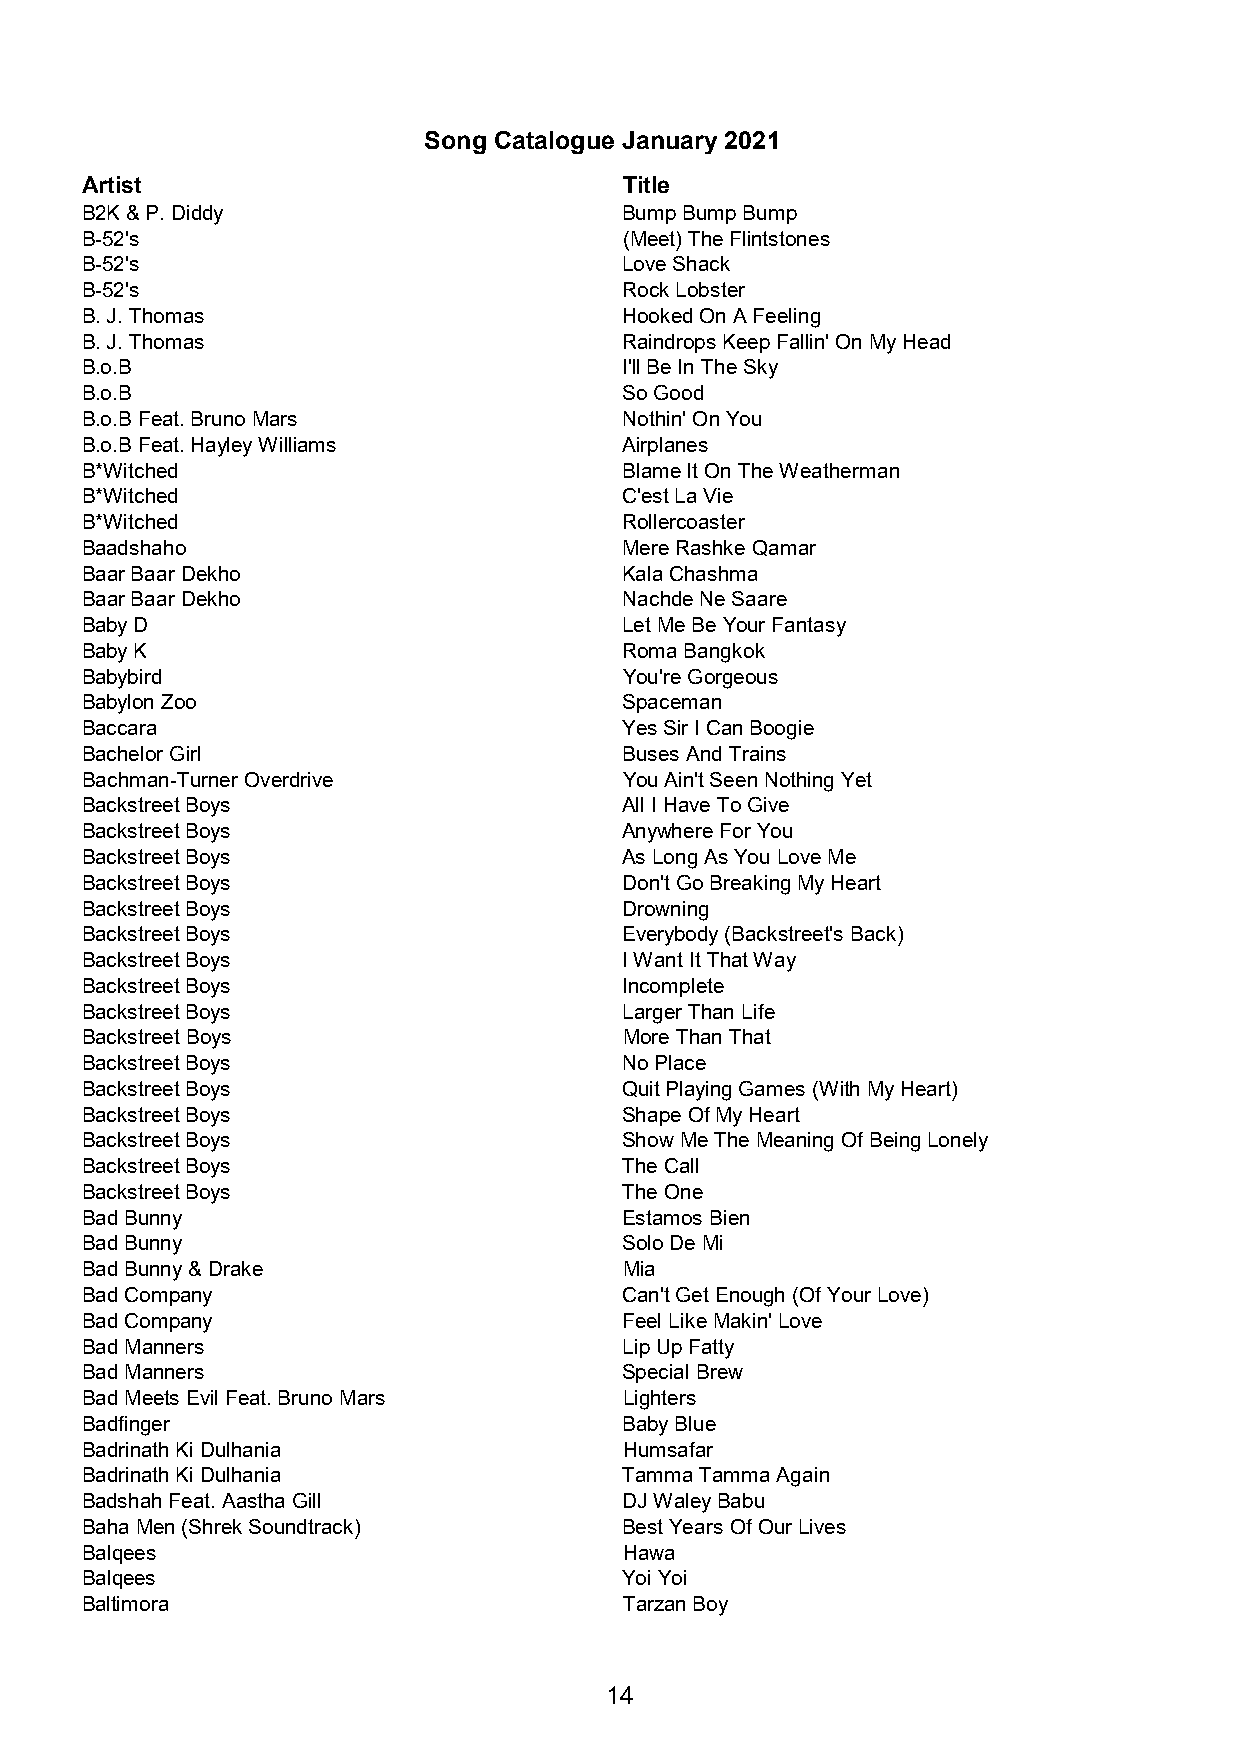
Song Catalogue January 2021
 Artist                              Title
 B2K & P. Diddy                      Bump Bump Bump
 B-52's                              (Meet) The Flintstones
 B-52's                              Love Shack
 B-52's                              Rock Lobster
 B. J. Thomas                        Hooked On A Feeling
 B. J. Thomas                        Raindrops Keep Fallin' On My Head
 B.o.B                               I'll Be In The Sky
 B.o.B                               So Good
 B.o.B Feat. Bruno Mars              Nothin' On You
 B.o.B Feat. Hayley Williams         Airplanes
 B*Witched                           Blame It On The Weatherman
 B*Witched                           C'est La Vie
 B*Witched                           Rollercoaster
 Baadshaho                           Mere Rashke Qamar
 Baar Baar Dekho                     Kala Chashma
 Baar Baar Dekho                     Nachde Ne Saare
 Baby D                              Let Me Be Your Fantasy
 Baby K                              Roma Bangkok
 Babybird                            You're Gorgeous
 Babylon Zoo                         Spaceman
 Baccara                             Yes Sir I Can Boogie
 Bachelor Girl                       Buses And Trains
 Bachman-Turner Overdrive            You Ain't Seen Nothing Yet
 Backstreet Boys                     All I Have To Give
 Backstreet Boys                     Anywhere For You
 Backstreet Boys                     As Long As You Love Me
 Backstreet Boys                     Don't Go Breaking My Heart
 Backstreet Boys                     Drowning
 Backstreet Boys                     Everybody (Backstreet's Back)
 Backstreet Boys                     I Want It That Way
 Backstreet Boys                     Incomplete
 Backstreet Boys                     Larger Than Life
 Backstreet Boys                     More Than That
 Backstreet Boys                     No Place
 Backstreet Boys                     Quit Playing Games (With My Heart)
 Backstreet Boys                     Shape Of My Heart
 Backstreet Boys                     Show Me The Meaning Of Being Lonely
 Backstreet Boys                     The Call
 Backstreet Boys                     The One
 Bad Bunny                           Estamos Bien
 Bad Bunny                           Solo De Mi
 Bad Bunny & Drake                   Mia
 Bad Company                         Can't Get Enough (Of Your Love)
 Bad Company                         Feel Like Makin' Love
 Bad Manners                         Lip Up Fatty
 Bad Manners                         Special Brew
 Bad Meets Evil Feat. Bruno Mars     Lighters
 Badfinger                           Baby Blue
 Badrinath Ki Dulhania               Humsafar
 Badrinath Ki Dulhania               Tamma Tamma Again
 Badshah Feat. Aastha Gill           DJ Waley Babu
 Baha Men (Shrek Soundtrack)         Best Years Of Our Lives
 Balqees                             Hawa
 Balqees                             Yoi Yoi
 Baltimora                           Tarzan Boy
 14